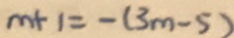
m + 1 = - ( 3 m - 5 )